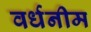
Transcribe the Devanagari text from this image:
वर्धनीम